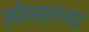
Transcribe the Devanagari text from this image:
स्पेन्सरच्या